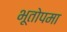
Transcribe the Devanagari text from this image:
भूतोपमा